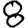
Digit: 8